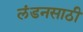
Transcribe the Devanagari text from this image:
लंडनसाठी